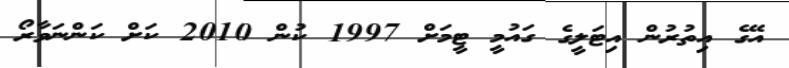
އޭގެ އިތުރުން އިޓަލީގެ ގައުމީ ޓީމަށް 1997 ކުން 2010 ކަށް ކަންނަވާރޯ